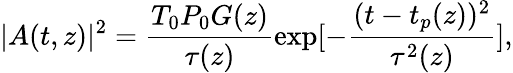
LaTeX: |A(t,z)|^{2}=\frac{T_{0}P_{0}G(z)}{\tau(z)}\exp[-\frac{(t-t_{p}(z))^{2}}{\tau^{2}(z)}],